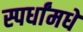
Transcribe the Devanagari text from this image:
स्पर्धांमधे